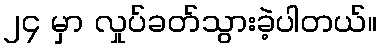
၂၄ မှာ လှုပ်ခတ်သွားခဲ့ပါတယ်။